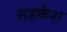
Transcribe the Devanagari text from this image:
सहकेश